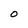
Character: O